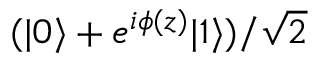
( \vert { 0 } \rangle + e ^ { i \phi ( z ) } \vert { 1 } \rangle ) / \sqrt { 2 }